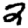
Digit: 2